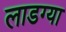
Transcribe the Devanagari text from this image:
लाडग्या